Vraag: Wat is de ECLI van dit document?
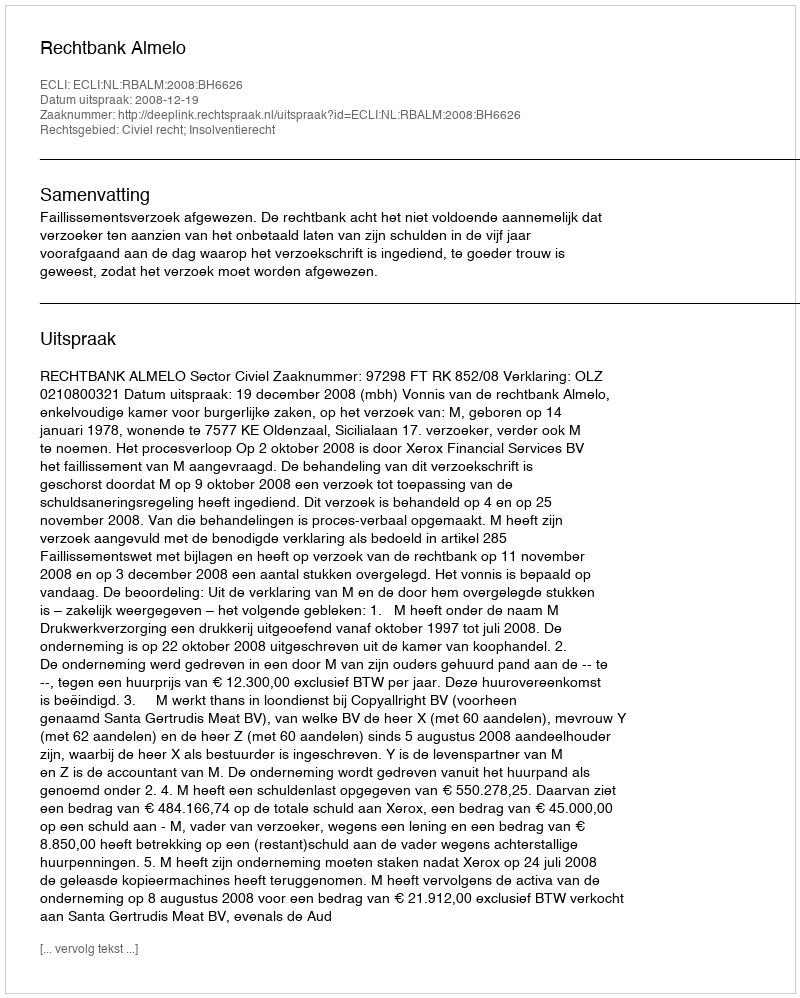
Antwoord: ECLI:NL:RBALM:2008:BH6626